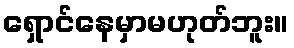
ရှောင်နေမှာမဟုတ်ဘူး။